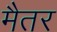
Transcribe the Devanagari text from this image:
मैतर